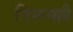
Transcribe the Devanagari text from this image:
तिरूमल्लै